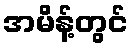
အမိန့်တွင်